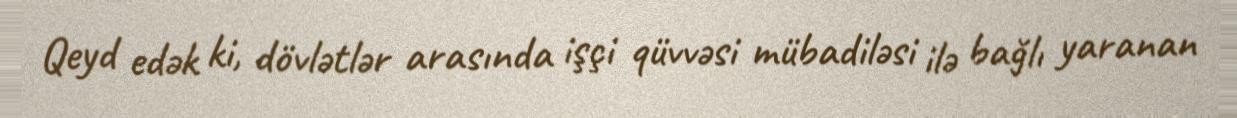
Qeyd edək ki, dövlətlər arasında işçi qüvvəsi mübadiləsi ilə bağlı yaranan